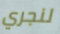
لنجري